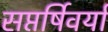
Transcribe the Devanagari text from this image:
सप्तर्षिवर्या